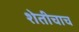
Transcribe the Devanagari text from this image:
शेतीचाच